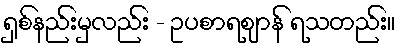
ရှစ်နည်းမှလည်း - ဥပစာရဈာန် ရသတည်း။